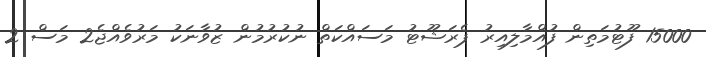
15000 ފޫޓުމަތިން ފުއްމާލިއިރު ޕެރަޝޫޓު މަސައްކަތް ނުކުރުމުން ޒުވާނަކު މަރުވެއްޖެ2 މަސް 2